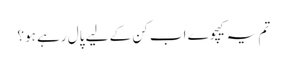
تم یہ کیچوے اب کن کے لیے پال رہے ہو؟